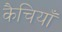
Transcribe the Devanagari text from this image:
कैचियाँ